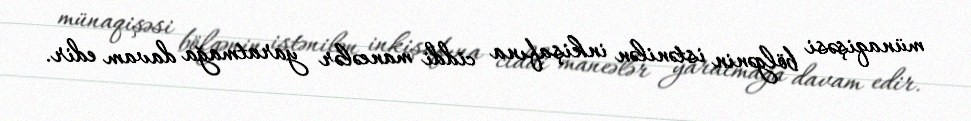
münaqişəsi bölgənin istənilən inkişafına ciddi maneələr yaratmağa davam edir.